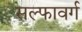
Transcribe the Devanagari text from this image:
सल्फावर्ग